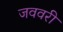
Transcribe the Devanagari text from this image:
जववरी